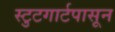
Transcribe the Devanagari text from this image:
स्टुटगार्टपासून